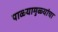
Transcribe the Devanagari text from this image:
पाळ्यामुळ्यांचा